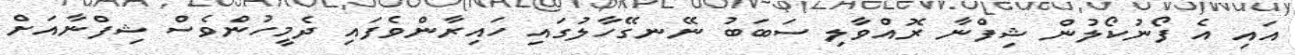
އައި އެ ފޯނުކޯލުން ޝިފްނާ ރޮއްވާލި ސަބަބު ނޭނގޭހާލުގައި ހައިރާންވެފައި ދެމީހުންވެސް ޝިފްނާއަށް